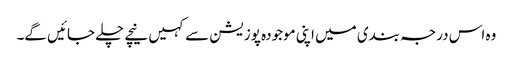
وہ اس درجہ بندی میں اپنی موجودہ پوزیشن سے کہیں نیچے چلے جائیں گے۔